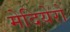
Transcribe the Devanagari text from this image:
मेदियेरो